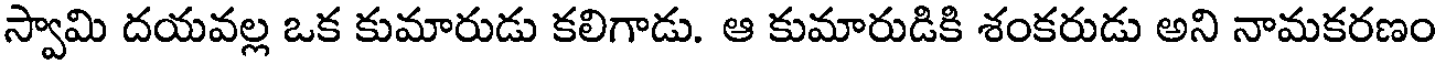
స్వామి దయవల్ల ఒక కుమారుడు కలిగాడు. ఆ కుమారుడికి శంకరుడు అని నామకరణం